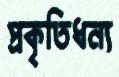
প্রকৃতিধন্য